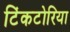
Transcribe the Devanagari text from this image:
टिंकटोरिया